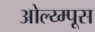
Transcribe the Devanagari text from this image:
ओल्य्म्पूस